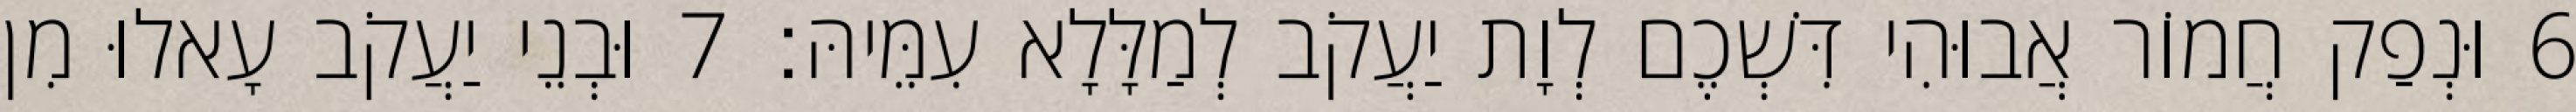
6 וּנְפַק חֲמוֹר אֲבוּהִי דִּשְׁכֶם לְוָת יַעֲקֹב לְמַלָּלָא עִמֵּיהּ׃ 7 וּבְנֵי יַעֲקֹב עָאלוּ מִן